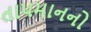
તા૫માનનો